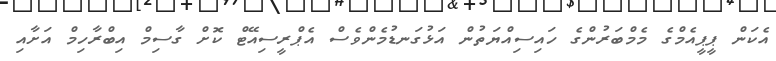
އެކަން ޕީޕީއެމްގެ މެމްބަރުންގެ ހައިސިއްޔަތުން އަޅުގަނޑުމެންވެސް އެޕްރީސިއޭޓް ކޮށް ގާސިމް އިބްރާހިމް އަށާއި